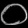
Digit: ၀